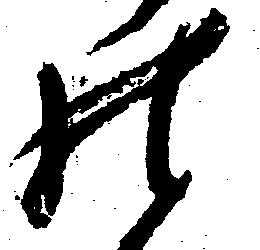
の